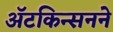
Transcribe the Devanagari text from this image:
ॲटकिन्सनने